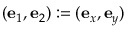
( \mathbf { e } _ { 1 } , \mathbf { e } _ { 2 } ) : = ( \mathbf { e } _ { x } , \mathbf { e } _ { y } )